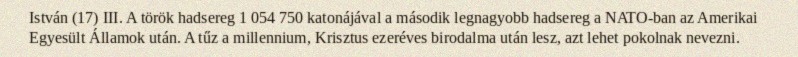
István (17) III. A török hadsereg 1 054 750 katonájával a második legnagyobb hadsereg a NATO-ban az Amerikai Egyesült Államok után. A tűz a millennium, Krisztus ezeréves birodalma után lesz, azt lehet pokolnak nevezni.